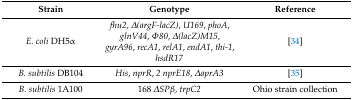
<table><thead><tr><td><b>Strain</b></td><td><b>Genotype</b></td><td><b>Reference</b></td></tr></thead><tbody><tr><td><i>E. coli</i> DH5α</td><td><i>fhu2</i>, <i>Δ(argF-lacZ)</i>, <i>U169</i>, <i>phoA</i>, <i>glnV44</i>, <i>Φ80</i>, <i>Δ(lacZ)M15</i>, <i>gyrA96</i>, <i>recA1</i>, <i>relA1</i>, <i>endA1</i>, <i>thi-1</i>, <i>hsdR17</i></td><td>[34]</td></tr><tr><td><i>B. subtilis</i> DB104</td><td><i>His</i>, <i>nprR</i>, <i>2 nprE18</i>, <i>ΔaprA3</i></td><td>[35]</td></tr><tr><td><i>B. subtilis</i> 1A100</td><td>168 <i>ΔSPβ</i>, <i>trpC2</i></td><td>Ohio strain collection</td></tr></tbody></table>